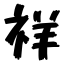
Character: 祥